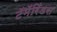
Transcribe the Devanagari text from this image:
टॅमॅरिंडस